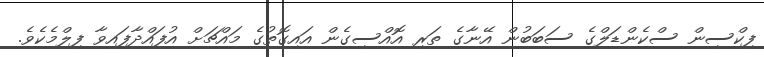
ފިކްސިން ސްކެންޑަލްގެ ސަބަބުން އޭނާގެ ތަރި އޮއްސިގެން އައިގޮތުގެ މައްޗަށް އުފައްދާފައިވާ ފިލްމެކެވެ.